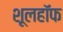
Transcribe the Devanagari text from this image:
शूलहॉफ